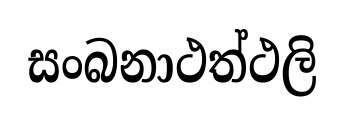
සංබනාථත්ථලි